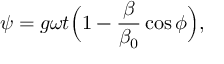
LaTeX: \psi = g \omega t \Big ( 1 - { \frac { \beta } { \beta _ { 0 } } } \cos { \phi } \Big ) ,